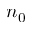
n _ { 0 }